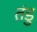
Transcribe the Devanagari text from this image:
तंडु